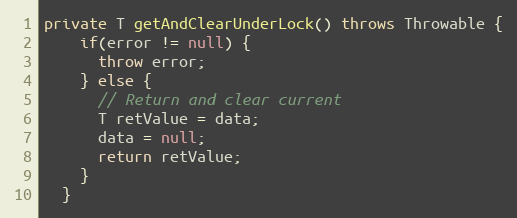
Language: Java
private T getAndClearUnderLock() throws Throwable {
    if(error != null) {
      throw error;
    } else {
      // Return and clear current
      T retValue = data;
      data = null;
      return retValue;
    }
  }